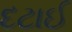
દટાઈ